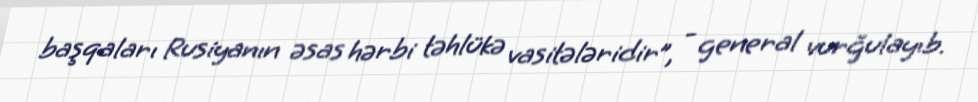
başqaları Rusiyanın əsas hərbi təhlükə vasitələridir”, - general vurğulayıb.